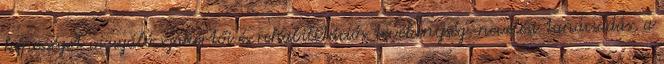
képességet vizsgáló szakértői és rehabilitációs tevékenység, nevelési tanácsadás, a